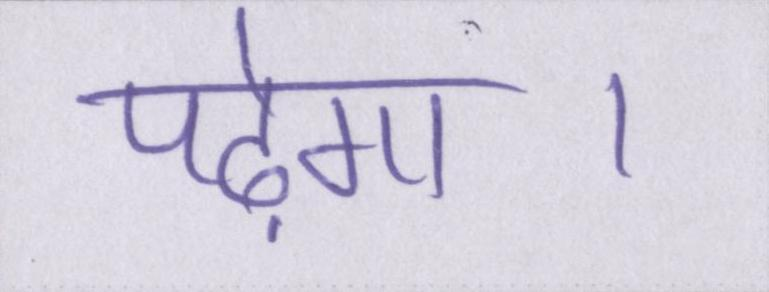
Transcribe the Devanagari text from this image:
पढ़ेगा।